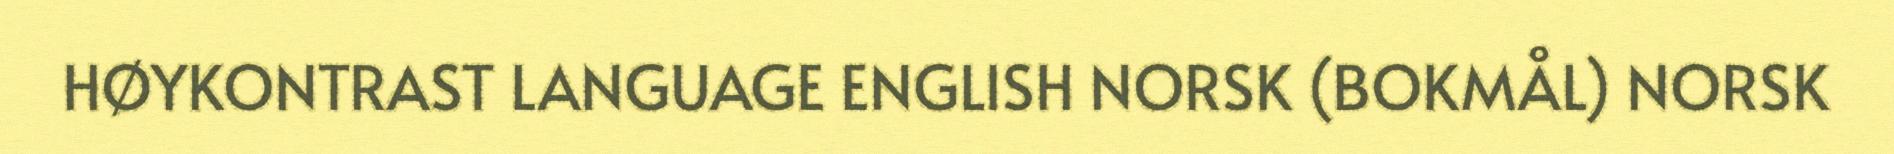
HØYKONTRAST LANGUAGE ENGLISH NORSK (BOKMÅL) NORSK